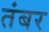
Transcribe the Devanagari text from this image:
तंबर